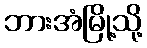
ဘားအံမြို့သို့